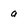
Character: a